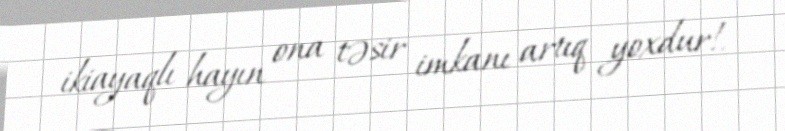
ikiayaqlı hayın ona təsir imkanı artıq yoxdur!.